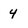
Character: 4